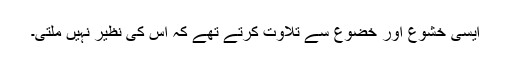
ایسی خشوع اور خضوع سے تلاوت کرتے تھے کہ اس کی نظیر نہیں ملتی۔